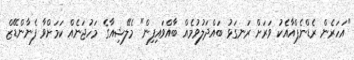
"އަހަރެން ރެޑްނެޕްއާއެކު ވަރަށް ރަނގަޅު ބައްދަލުވުމެއް ބާއްވައިފިން" މެލޭޝިއާގެ މަހުޖަނެއް ކަމަށްވާ ފެނާންޑޭޒް